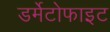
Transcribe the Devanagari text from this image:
डर्मेटोफाइट